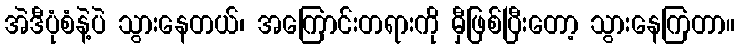
အဲဒီပုံစံနဲ့ပဲ သွားနေတယ်၊ အကြောင်းတရားကို မှီဖြစ်ပြီးတော့ သွားနေကြတာ။